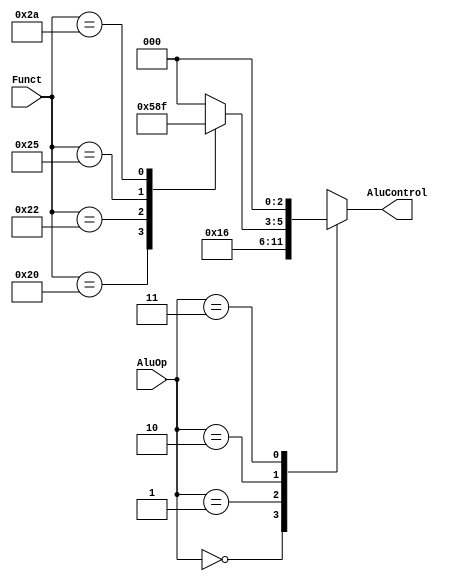
/* Author: Tobias Minn
	MIPS Singlecycle AluControl
	
	| AluOp	| Funct	| AluControl	|
	----------------------------------
	| 00		| X		| 010 (add)		|
	| X1		| X		| 110 (sub)		|
	| 1X		| 100000 | 010 (add)		|
	| 1X		| 100010 | 110 (sub)		|
	| 1X		| 100100 | 000 (and)		|
	| 1X		| 100101 | 001 (or)		|
	| 1X		| 101010	| 111	(slt)		|
	
*/
module AluControl #(parameter WIDTH=32)	(
	input 		[5:0]				Funct,
	input   		[1:0]				AluOp,
	output reg 	[2:0]				AluControl		);
	

	always @ (*)
    case (AluOp)
			2'b00:	AluControl <= 3'b010;
			2'b01:	AluControl <= 3'b110;
			2'b10:	case (Funct)
								6'b100000:		AluControl <= 3'b010;	// add
								6'b100010:		AluControl <= 3'b110;	// sub
								6'b100100:		AluControl <= 3'b000;	// and
								6'b100101:		AluControl <= 3'b001;	// or
								6'b101010:		AluControl <= 3'b111;	// slt
								default:			AluControl <= 3'b000;	
						endcase
			2'b11:	AluControl <= 3'b000;
			default: AluControl <= 3'b000;
			
    endcase
	
    
endmodule